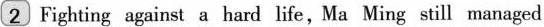
2 Fighting against a hard life,Ma Ming still managed